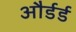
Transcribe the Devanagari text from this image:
और्डर्ड